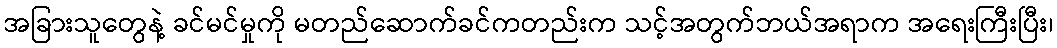
အခြားသူတွေနဲ့ ခင်မင်မှုကို မတည်ဆောက်ခင်ကတည်းက သင့်အတွက်ဘယ်အရာက အရေးကြီးပြီး၊